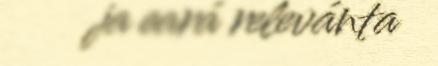
ja eará relevánta